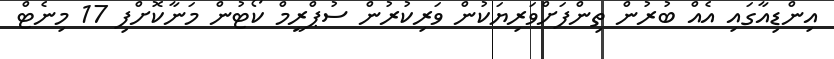
އިންޑިއާގައި އެއް ބުރުން ތިންފަށްވަރިޔަކުން ވަރިކުރުން ސުޕްރީމް ކޯޓުން މަނާކޮށްފި 17 މިނެޓް